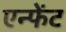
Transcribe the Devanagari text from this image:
एन्फेंट